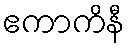
ဧကာကိနီ